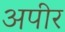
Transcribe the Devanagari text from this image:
अपीर